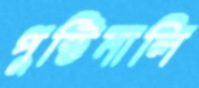
পুষ্টিনালি